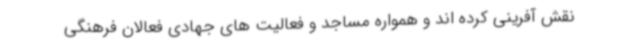
نقش آفرینی کرده اند و همواره مساجد و فعالیت های جهادی فعالان فرهنگی